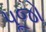
પૂજો